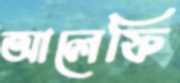
আলেফি